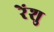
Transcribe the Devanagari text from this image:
रेंशु